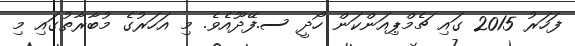
ފަހަރު 2015 ގައި ޗެމްޕިއަންކަން ހޯދީ ސ.ފޭދޫއެވެ. މި އަހަރުގެ މުބާރާތުގައި މި